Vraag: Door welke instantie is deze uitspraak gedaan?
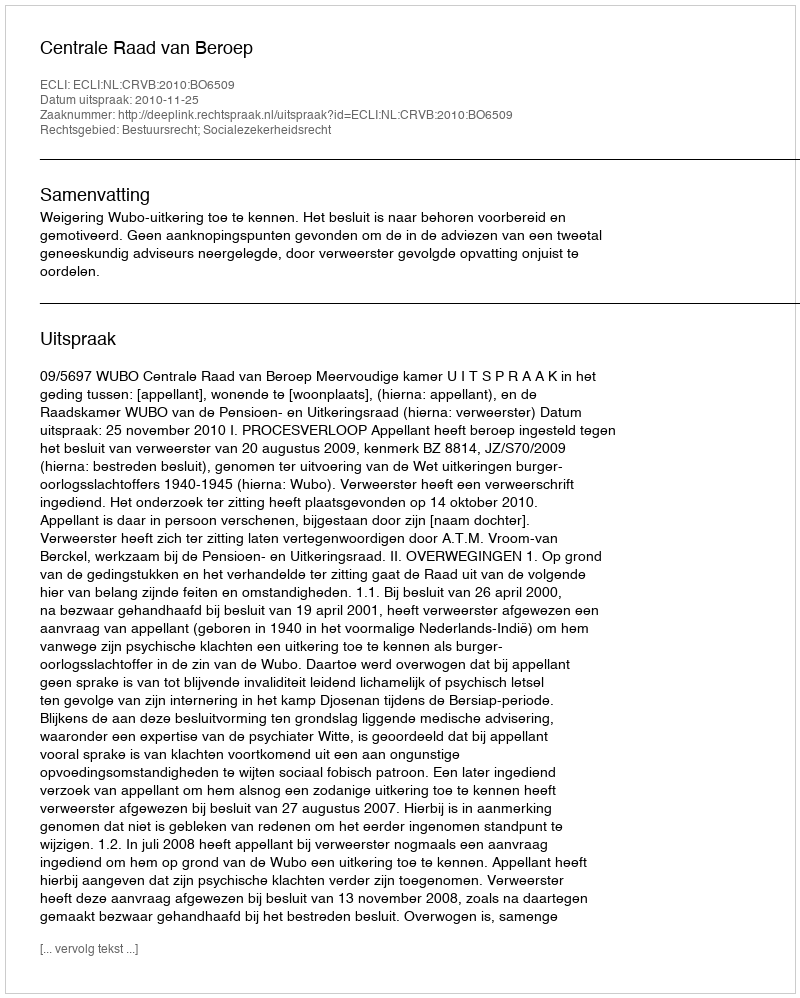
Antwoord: Centrale Raad van Beroep